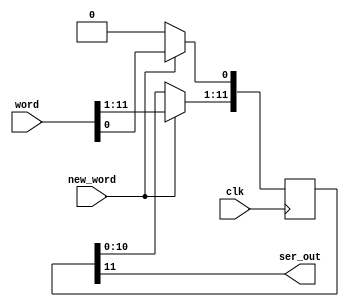
//loads a 12 bit word on the clk rising edge into a
//shift register if signal new_word is high, else it shifts the bits to the left
//on each pulse.  Since the register is 12 bits, it should always get refilled
//in time. The serial output is just connected to the most significant bit.

module ser_word(
	input [11:0] word,
	input clk, new_word,	
	output ser_out);
	
//  when new_word is high, load in a new word to a 12 bit shift register.
// output bit 11 (most sig bit). On each clock shift data left
	

	reg[11:0] shiftreg;   // 12 bit shift register data
	
	
	 assign ser_out = shiftreg[11] ; //use for ASK modulation
	

	always @(negedge clk)
		if (new_word) shiftreg <= word ;
		else begin
			shiftreg[11:1] <= shiftreg[10:0] ;
			shiftreg[0] <= 1'b0 ;
		end
	
endmodule